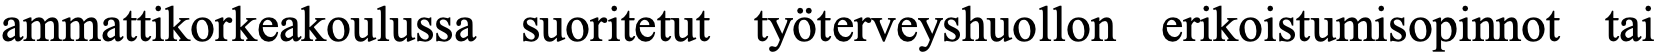
ammattikorkeakoulussa suoritetut työterveyshuollon erikoistumisopinnot tai